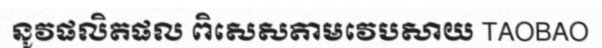
នូវផលិតផល ពិសេសតាមវេបសាយ TAOBAO